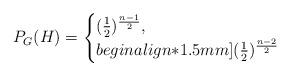
LaTeX: \begin{align*}P_G(H) = \begin{cases} (\frac{1}{2})^{\frac{n-1}{2}} , \\begin{align*}1.5mm](\frac{1}{2})^{\frac{n-2}{2}} \end{cases}\end{align*}